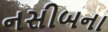
નસીબના